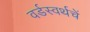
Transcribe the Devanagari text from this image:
वर्डस्वर्थचें